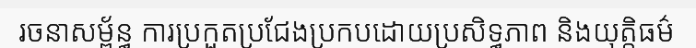
រចនាសម្ព័ន្ធ ការប្រកួតប្រជែងប្រកបដោយប្រសិទ្ធភាព និងយុត្តិធម៌